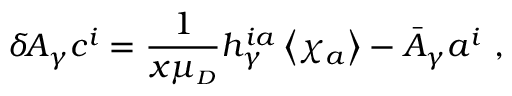
\delta \! A _ { \gamma } c ^ { i } = \frac { 1 } { x \mu _ { \scriptscriptstyle D } } h _ { \gamma } ^ { i a } \left\langle \chi _ { a } \right\rangle - \bar { A } _ { \gamma } a ^ { i } ~ ,